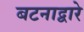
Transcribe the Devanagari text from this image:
बटनाद्वारे